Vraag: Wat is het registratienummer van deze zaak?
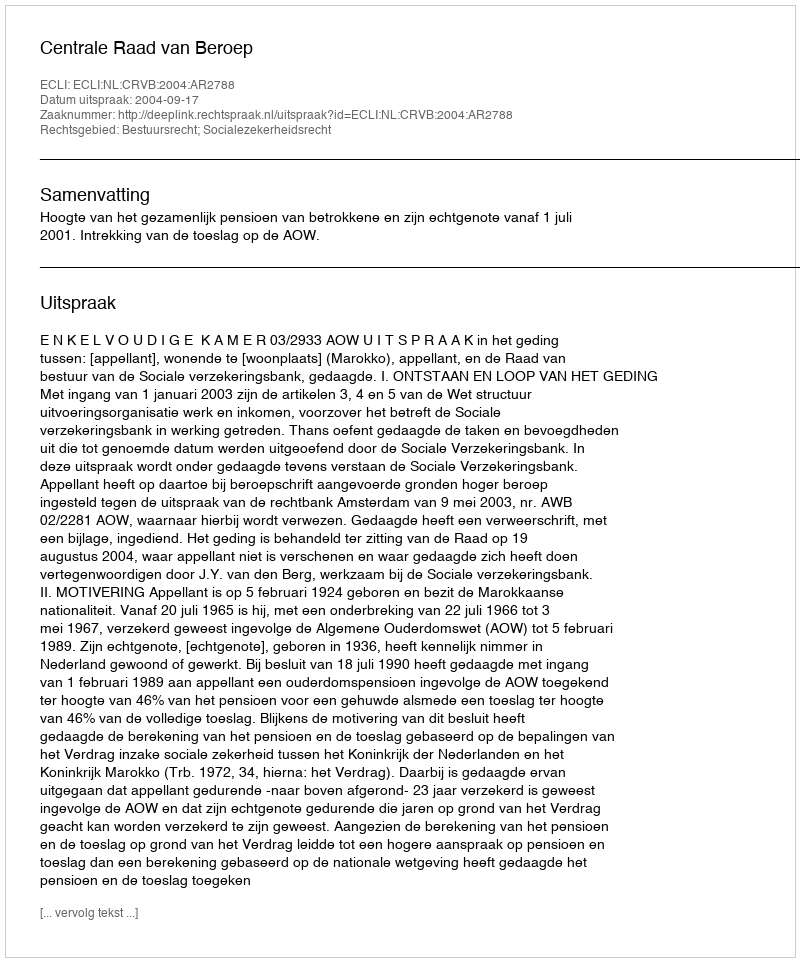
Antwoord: http://deeplink.rechtspraak.nl/uitspraak?id=ECLI:NL:CRVB:2004:AR2788